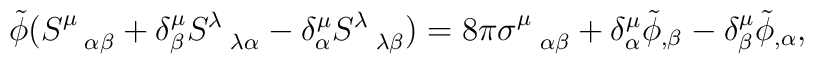
\tilde \phi (S^{\mu}_{\hspace{.3 true cm} \alpha \beta} +\delta^{\mu}_{\beta} S^{\lambda}_{\hspace{.3 true cm} \lambda \alpha}- \delta^{\mu}_{\alpha} S^{\lambda}_{\hspace{.3 true cm} \lambda\beta}) = 8\pi \sigma^{\mu}_{\hspace{.3 true cm}\alpha \beta} +\delta^{\mu}_{\alpha}\tilde \phi_{, \beta} - \delta^{\mu}_{\beta}\tilde \phi_{,\alpha},